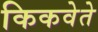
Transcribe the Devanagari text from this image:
किकवेते